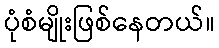
ပုံစံမျိုးဖြစ်နေတယ်။